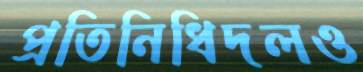
প্রতিনিধিদলও